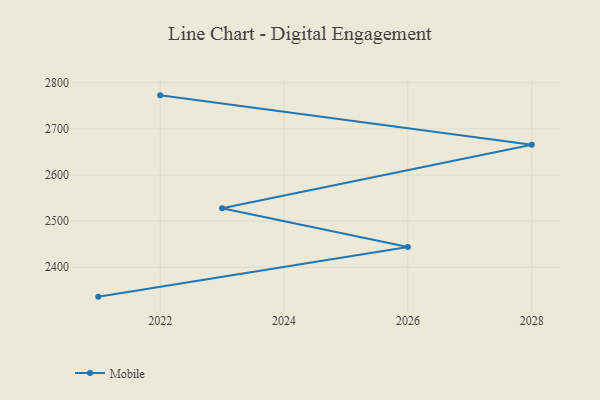
{"axis": {"x": "Year", "y": "Population (Million)"}, "legend": ["Mobile"], "data": [{"x": "2021", "y": 2336.2, "type": "Mobile"}, {"x": "2026", "y": 2443.7, "type": "Mobile"}, {"x": "2023", "y": 2527.7, "type": "Mobile"}, {"x": "2028", "y": 2665.7, "type": "Mobile"}, {"x": "2022", "y": 2772.7, "type": "Mobile"}]}